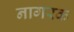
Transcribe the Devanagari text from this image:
नागरक